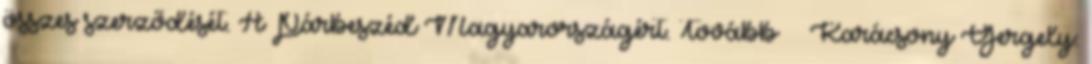
összes szerződését. A Párbeszéd Magyarországért. Tovább › ›Karácsony Gergely: